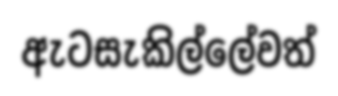
ඇටසැකිල්ලේවත්